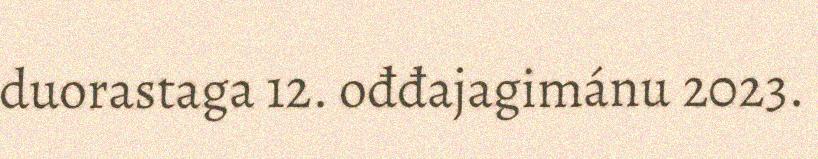
duorastaga 12. ođđajagimánu 2023.